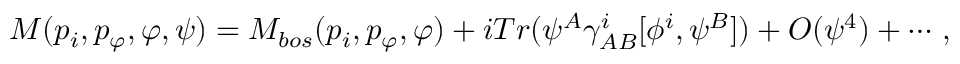
M ( p _ { i } , p _ { \varphi } , \varphi , \psi ) = M _ { b o s } ( p _ { i } , p _ { \varphi } , \varphi ) + i T r ( \psi ^ { A } \gamma _ { A B } ^ { i } [ \phi ^ { i } , \psi ^ { B } ] ) + O ( \psi ^ { 4 } ) + \cdots \, ,